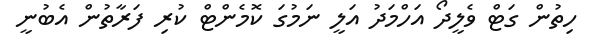
ހިތުން ގަޓް ވެލީދޯ އަހްމަދު އަލީ ނަމުގަ ކޮމެންޓް ކުރި ފަރާތުން އެބުނީ